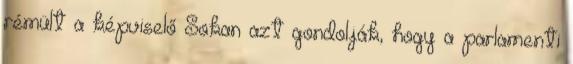
rémült a képviselő Sokan azt gondolják, hogy a parlamenti